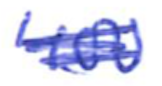
Text: 400
Cross-out: scratch
Writing tool: ballpoint